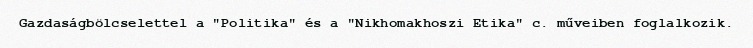
Gazdaságbölcselettel a "Politika" és a "Nikhomakhoszi Etika" c. műveiben foglalkozik.